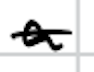
Text: a
Cross-out: single-line
Writing tool: digital_black